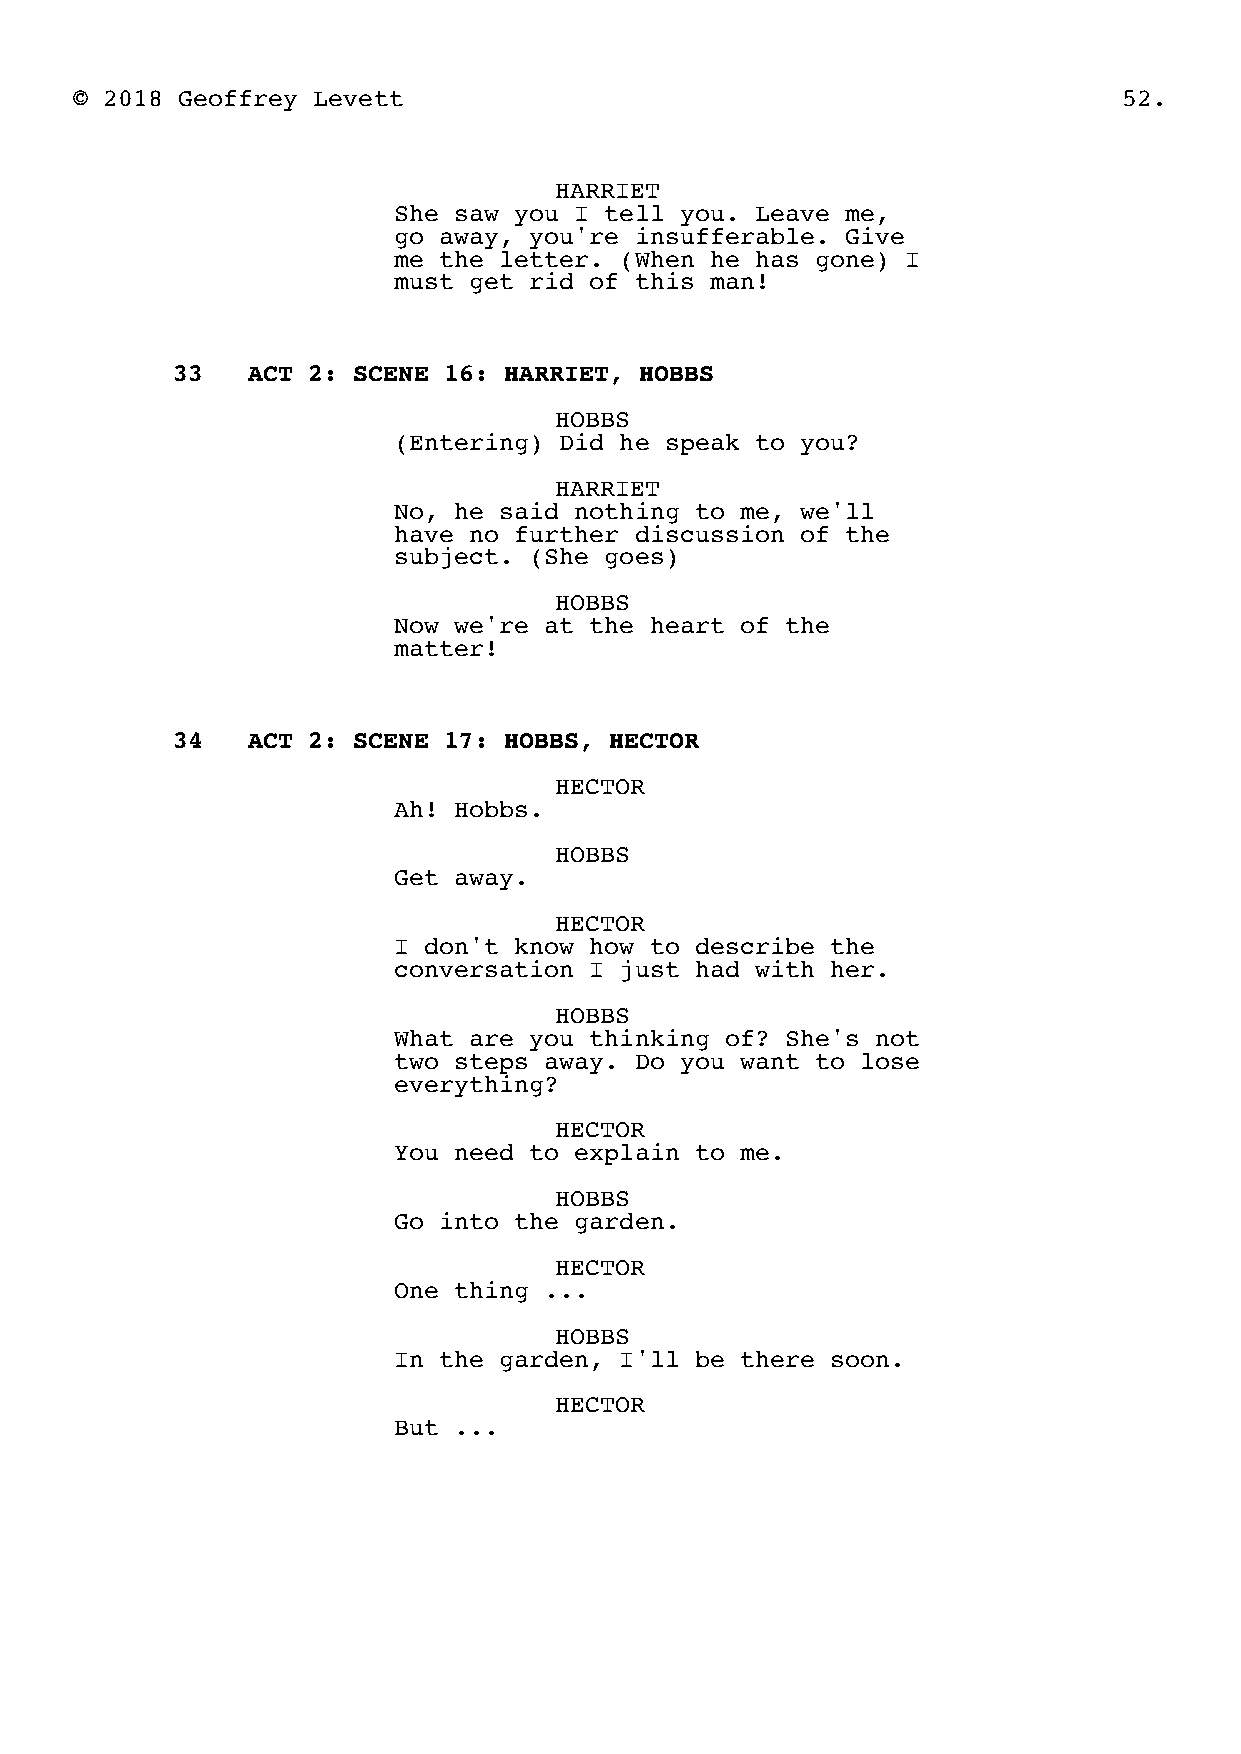
© 2018 Geoffrey Levett                                               52.
 HARRIET
 She saw you I tell you. Leave me,
 go away, you're insufferable. Give
 me the letter. (When he has gone) I
 must get rid of this man!
 33   ACT 2: SCENE 16: HARRIET, HOBBS
 HOBBS
 (Entering) Did he speak to you?
 HARRIET
 No, he said nothing to me, we'll
 have no further discussion of the
 subject. (She goes)
 HOBBS
 Now we're at the heart of the
 matter!
 34   ACT 2: SCENE 17: HOBBS, HECTOR
 HECTOR
 Ah! Hobbs.
 HOBBS
 Get away.
 HECTOR
 I don't know how to describe the
 conversation I just had with her.
 HOBBS
 What are you thinking of? She's not
 two steps away. Do you want to lose
 everything?
 HECTOR
 You need to explain to me.
 HOBBS
 Go into the garden.
 HECTOR
 One thing ...
 HOBBS
 In the garden, I'll be there soon.
 HECTOR
 But ...